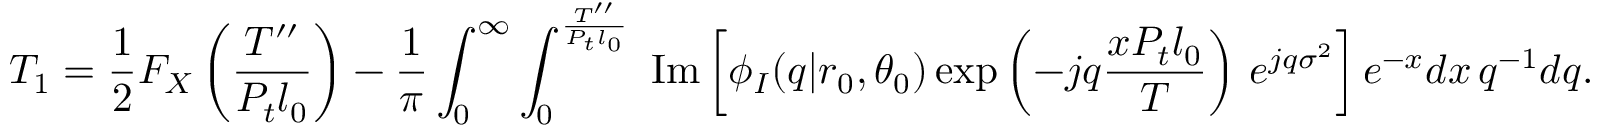
T _ { 1 } = \frac { 1 } { 2 } F _ { X } \left( \frac { T ^ { \prime \prime } } { P _ { t } l _ { 0 } } \right) - \frac { 1 } { \pi } \int _ { 0 } ^ { \infty } \int _ { 0 } ^ { \frac { T ^ { \prime \prime } } { P _ { t } l _ { 0 } } } \mathrm { \normalfont ~ I m } \left[ \phi _ { I } ( q | r _ { 0 } , \theta _ { 0 } ) \exp \left( - j q \frac { x P _ { t } l _ { 0 } } { T } \right) \, e ^ { j q \sigma ^ { 2 } } \right] e ^ { - x } d x \, q ^ { - 1 } d q .